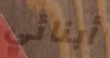
أبنائي